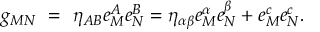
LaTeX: g _ { M N } ~ = ~ \eta _ { A B } e _ { M } ^ { A } e _ { N } ^ { B } = \eta _ { \alpha \beta } e _ { M } ^ { \alpha } e _ { N } ^ { \beta } + e _ { M } ^ { c } e _ { N } ^ { c } .